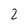
Character: 2